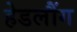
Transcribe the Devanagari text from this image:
हेडलौंग